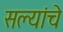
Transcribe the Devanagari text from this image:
सल्यांचे